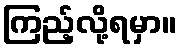
ကြည့်လို့ရမှာ။